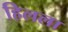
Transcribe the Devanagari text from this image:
हिलला